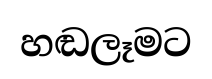
හඬලෑමට